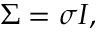
\Sigma = \sigma I ,